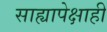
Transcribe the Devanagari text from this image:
साह्यापेक्षाही